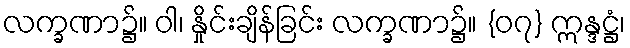
လက္ခဏာ၌။ ဝါ၊ နှိုင်းချိန်ခြင်း လက္ခဏာ၌။ {၀၇} ဣန္ဒဋ္ဌံ၊